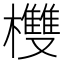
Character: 欆